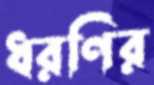
ধরণির